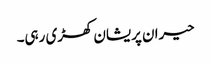
حیران پریشان کھڑی رہی۔